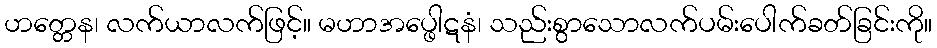
ဟတ္တေန၊ လက်ယာလက်ဖြင့်။ မဟာအပ္ဖေါဋနံ၊ သည်းစွာသောလက်ပမ်းပေါက်ခတ်ခြင်းကို။